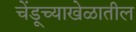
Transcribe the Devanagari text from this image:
चेंडूच्याखेळातील